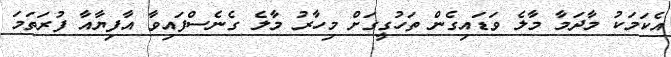
އެކަމަކު މާދަމާ މާލެ ވަޑައިގެން ތަހުގީގަށް މިހާރު މާލެ ގެނެސްފައިވާ އާފިޔާއާ ފުރަތަމަ